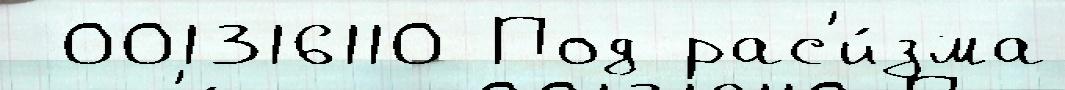
 001316110 Под рас'и́зма